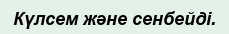
Күлсем және сенбейді.